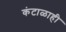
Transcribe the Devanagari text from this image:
कंटाळाही